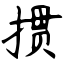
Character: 掼